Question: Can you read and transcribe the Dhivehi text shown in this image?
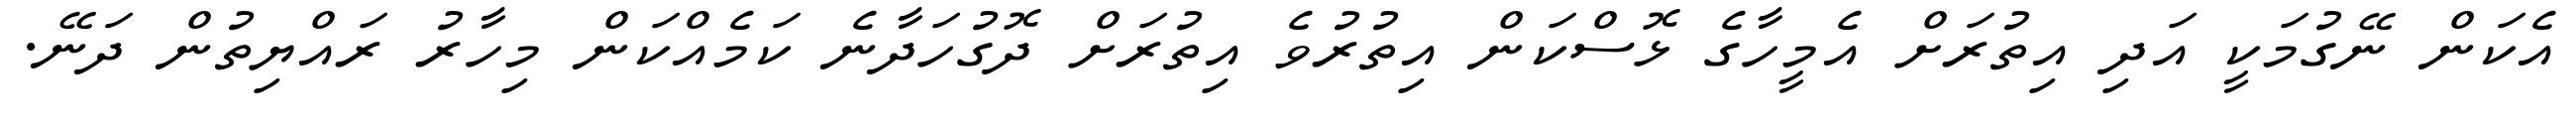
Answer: އެކަން ނޭގުމަކީ އަދި އިތުރަށް އެމީހާގެ ޅޮސްކަން އިތުރުވެ އިތުރަށް ދޮގުހަދާނެ ކަމެއްކަން މިހާރު ރައްޔިތުން ދަނޭ.